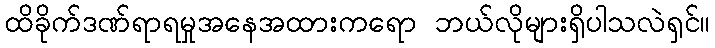
ထိခိုက်ဒဏ်ရာရမှုအနေအထားကရော ဘယ်လိုများရှိပါသလဲရှင်။